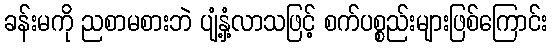
ခန်းမကို ညစာမစားဘဲ ပျံ့နှံ့လာသဖြင့် စက်ပစ္စည်းများဖြစ်ကြောင်း